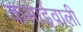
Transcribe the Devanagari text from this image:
कमाईवाली